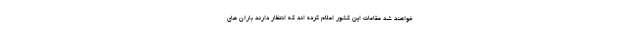
خواهند شد مقامات این کشور اعلام کرده اند که انتظار دارند باران های